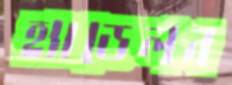
হ্যাডেলন